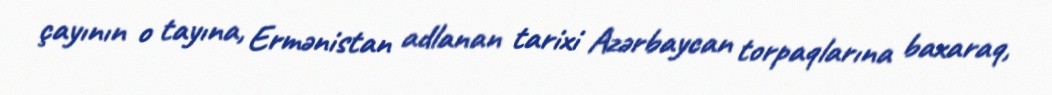
çayının o tayına, Ermənistan adlanan tarixi Azərbaycan torpaqlarına baxaraq,